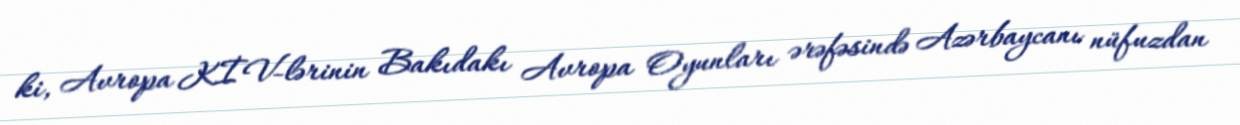
ki, Avropa KİV-lərinin Bakıdakı Avropa Oyunları ərəfəsində Azərbaycanı nüfuzdan